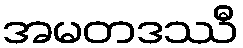
အမတဒဿီ